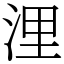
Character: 浬